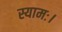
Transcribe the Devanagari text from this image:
स्यामः।